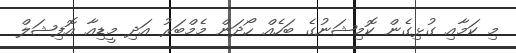
މި ކަމާއި ގުޅިގެން ކޮމިޝަނުގެ ބަހެއް ހޯދަން މެމްބަރު އަދި މީޑިއާ އޮފިޝަލް